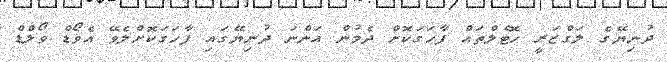
ދުނިޔޭގެ ލަގްޒަރީ ހޮޓެލްތައް ފާހަގަކޮށް ދެމުން އަންނަ ދުނިޔޭގައި ފާހަގަކޮށްލެވޭ އެވޯޑް ވޯލްޑް